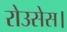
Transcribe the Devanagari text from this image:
रोउसेस।